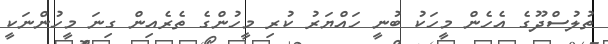
ތުލުސްދޫގެ އެހެން މީހަކު ބުނީ ހައްޔަރު ކުރި މީހުންގެ ތެރެއިން ގިނަ މީހުންނަކީ